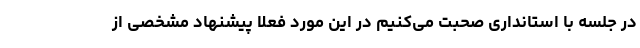
در جلسه با استانداری صحبت می‌کنیم در این مورد فعلا پیشنهاد مشخصی از